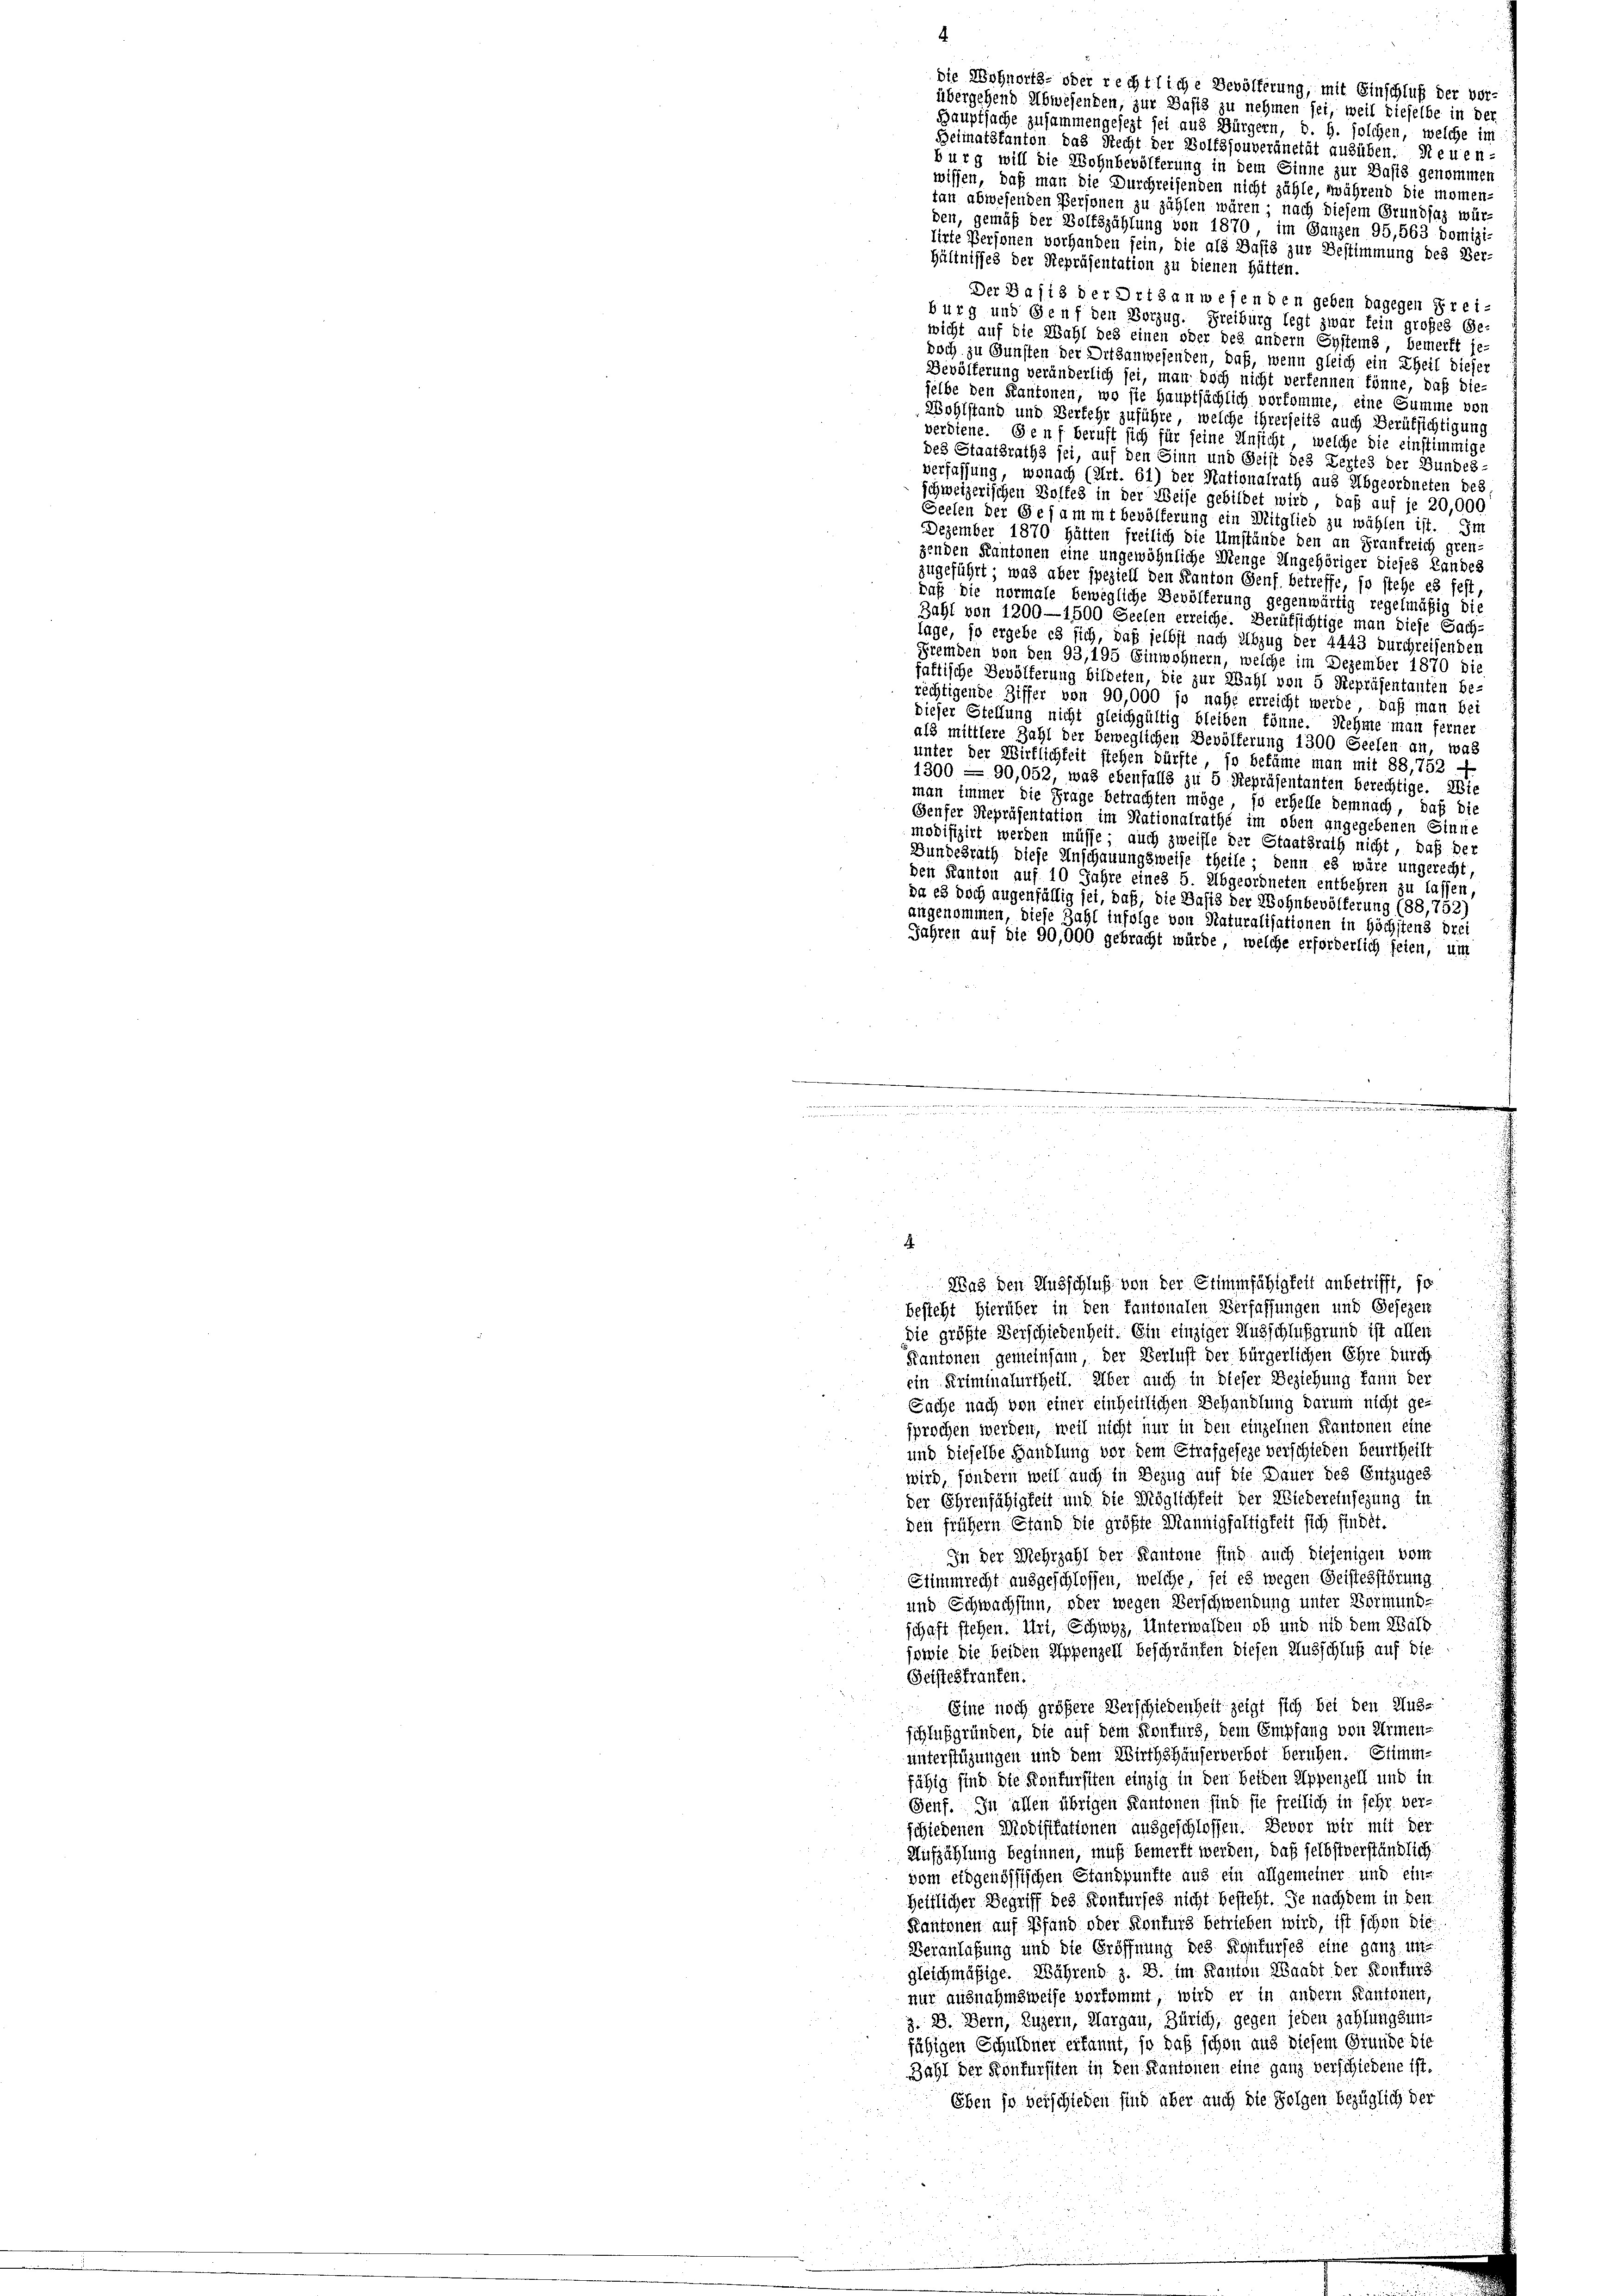
die Wohnorts- oder rechtliche Bevölferung, mit Einschluß der vor-
übergehend Abwesenden, zur Basis zu nehmen sei, weil dieselbe in der
Bauptsache zusammengesezt sei aus Bürgern, d. G. solchen, welche im
Beimatskanton das Recht der Bolfzjouveränetät ausüben. Neuen-
burg will die Wohnbevölferung in dem Sinne zur Basis genommen
wissen, daß man die Durchreisenden nicht zähle, während die momen-
tan abwesenden Personen zu zählen wären; nach diesem Grundsaz wür-
den, gemäß der Boltszählung von 1870, im Ganzen 95,563 domizi-
tirte Personen vorhanden sein, die als Basis zur Bestimmung des Ver-
hältnisses der Repräsentation zu dienen hätten.
Der Basis der Ortsanwesenden geben dagegen Frei-
burg und Genf den Vorzug. Freiburg legt zwar fein großes Ge-
wicht auf die Wahl des einen oder des andern Systems bemerkt je-
doch zu Gunsten der Ditsanwesenden, daß, wenn gleich ein Theil dieser
Bevölferung veränderlich sei, man doch nicht verkennen könne, daß die-
selbe den Kantonen, wo sie hauptsächlich vorkomme, eine Summe vor
Wohlstand und Verfehr zuführe, welche ihrerseits auch Berüksichtigung
verdiene. Genf beruft sich für seine Ansicht, welche die einstimmige
des Staatsraths sei, auf den Sinn und Geist des Zertes der Bundes-
verfassung, wonach (Art. 61) der Nationalrath aus Abgeordneten des
schweizerischen Volkes in der Weise gebildet wird, daß auf je 20,000
Seelen der Gesammtbevölferung ein Mitglied zu wählen ist. Im
Dezember 1870 hätten freilich die Umstände den an Frankreich gren-
genden Kantonen eine ungewöhnliche Menge Ungehöriger dieses Landes
zugeführt, was aber speziell den Kanton Genf betreffe, so stehe es fest
daß die normale bewegliche Bevölkerung gegenwärtig regelmäßig die
Zahl von 1200—1500 Seelen erreiche. Berufsichtige man diese Sach-
lage, so ergebe es sich, daß selbst nach Abzug der 4443 durchreisenden
Fremden von den 93,195 Einwohnern, welche im Dezember 1870 die
fattische Bevölferung bildeten, die zur Wahl von 5 Repräsentanten be-
rächtigende Ziffer von 90,000 jo nahe erreicht werde, daß man bei
dieser Stellung nicht gleichgültig bleiben könne. Nehme man ferner
als mittlere Zahl der beweglichen Bevölkerung 1300 Seelen an, was
unter der Wirklichkeit stehen dürfte, so bekäme man mit 88,752 —
1300 = 90,052, was ebenfalls zu 5 Repräsentanten berechtige. Wie
man immer die Frage betrachten möge, so erhelle demnach, daß die
Genfer Repräsentation im Nationalrathe im oben angegebenen Sinne
modifizirt werden müsse; auch zweifle der Staatsrath nicht, daß der
Bundesrath diese Anschauungsweise theile; denn es wäre ungerecht,
den Kanton auf 10 Jahre eines 5. Abgeordneten entbehren zu lassen,
da es doch augenfällig sei, daß, die Basis der Wohnbevölkerung (88,752
angenommen, diese Zahl infolge von Naturalisationen in Höchstens drei
Jahren auf die 90,000 gebracht würde, welche erforderlich seien, um
i
4
Was den Ausschluß von der Stimmfähigkeit anbetrifft, so
besteht hierüber in den fantonalen Verfassungen und Gesezen
die größte Verschiedenheit. Ein einziger Ausschlußgrund ist allen
Kantonen gemeinsam der Verlust der bürgerlichen Ehre durch
ein Kriminalurtheil. Über auch in dieser Beziehung kann der
Sache nach von einer einheitlichen Behandlung darum nicht ge-
sprochen werden, weil nicht nur in den einzelnen Kantonen eine
und dieselbe Handlung vor dem Strafgeseze verschieden Beurtheilt
wird, sondern weil auch in Bezug auf die Dauer des Entzuges
der Ehrenfähigkeit und die Möglichkeit der Wiedereinsezung in
den frühern Stand die größte Mannigfaltigkeit sich findet.
In der Mehrzahl der Kantone fing auch diejenigen vom
Stimmrecht ausgeschlossen, welche, sei es wegen Geistesstörung
und Schwachsten, oder wegen Verschwendung unter Vormund-
schaft stehen. Uri, Schwyz, Unterwalden ob und nid dem Wald
sowie die beiden Appenzell beschränken diesen Ausschluß auf die
Geisteskranken.
Eine noch größere Verschiedenheit zeigt sich bei den Aus-
schlußgründen, die auf dem Konkurs, dem Empfang von Armen-
unterstüzungen und dem Wirthshäuserverbot beruhen. Stimm-
fähig sind die Konkursiten einzig in den beiden Appenzell und in
Senf. In allen übrigen Kantonen sind sie freilich in sehr ver-
schiedenen Modifikationen ausgeschlossen. Bevor wir mit der
Aufzählung beginnen, muß bemerkt werden, daß selbstverständlich.
vom eidgenössischen Standpunkte aus ein allgemeiner und eine
Hettlicher Begriff des Konkurses nicht besteht. Je nachdem in den
Kantonen auf Pfand oder Konfurg betrieben wird, ist schon die
Veranlaßung und die Eröffnung des Konkurses eine ganz un
gleichmäßige. Während z. B. im Kanton Waadt der Konkurs
nur ausnahmsweise vorkommt, wird er in andern Kantonen,
3. 2. Bern, Luzern, Aargau, Zürich, gegen jeden zahlungsunfähigen Schuldner erkannt, so daß schon aus diesem Grunde die
Zahl der Konfürsiten in den Kantonen eine ganz verschiedene ist.
Eben so verschieden sind aber auch die Folgen bezüglich der